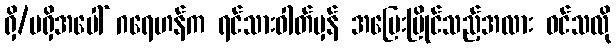
ရှိ/မရှိအပေါ် ဂရေဟန်က ရင်သားဓါတ်မှန် အပြေးပြိုင်သည့်အလား ဝင်သလို